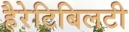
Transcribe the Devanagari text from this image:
हैरेटिबिलटी